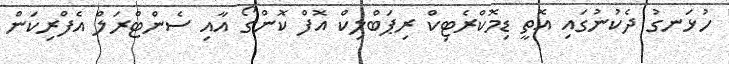
ހުޅަނގު ދެކުނުގައި އޮތީ ޑިމޮކްރެޓިކް ރިޕަބްލިކް އޮފް ކޮންގޯ އާއި ސެންޓްރަލް އެފްރިކަން